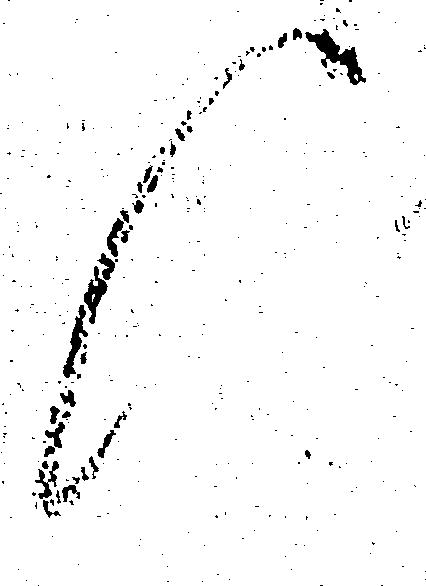
候